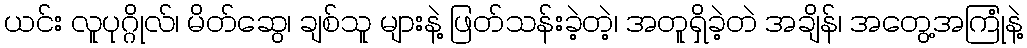
ယင်း လူပုဂ္ဂိုလ်၊ မိတ်ဆွေ၊ ချစ်သူ များနဲ့ ဖြတ်သန်းခဲ့တဲ့၊ အတူရှိခဲ့တဲ အချိန်၊ အတွေ့အကြုံနဲ့